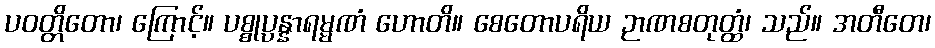
ပဝတ္တိတော၊ ကြောင့်။ ပစ္စုပ္ပန္နာရမ္မဏံ ဟောတိ။ စေတောပရိယ ဉာဏစတုတ္ထံ၊ သည်။ အတီတေ၊